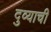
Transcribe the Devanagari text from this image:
दुव्याची